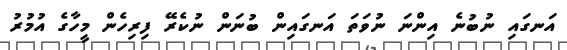
އަނގައި ނުބުނެ އިންނަ ނުވަތަ އަނގައިން ބުނަން ނުކެރޭ ފިރިހެން މީހާގެ އުމުރު